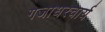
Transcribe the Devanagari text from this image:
गजाधरचार्य